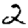
Digit: 2